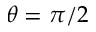
\theta = \pi / 2